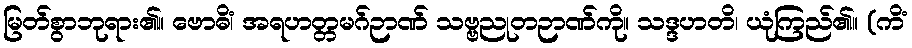
မြတ်စွာဘုရား၏။ ဗောဓိံ၊ အရဟတ္တမဂ်ဉာဏ် သဗ္ဗညုတဉာဏ်ကို။ သဒ္ဒဟတိ၊ ယုံကြည်၏။ (ကိံ